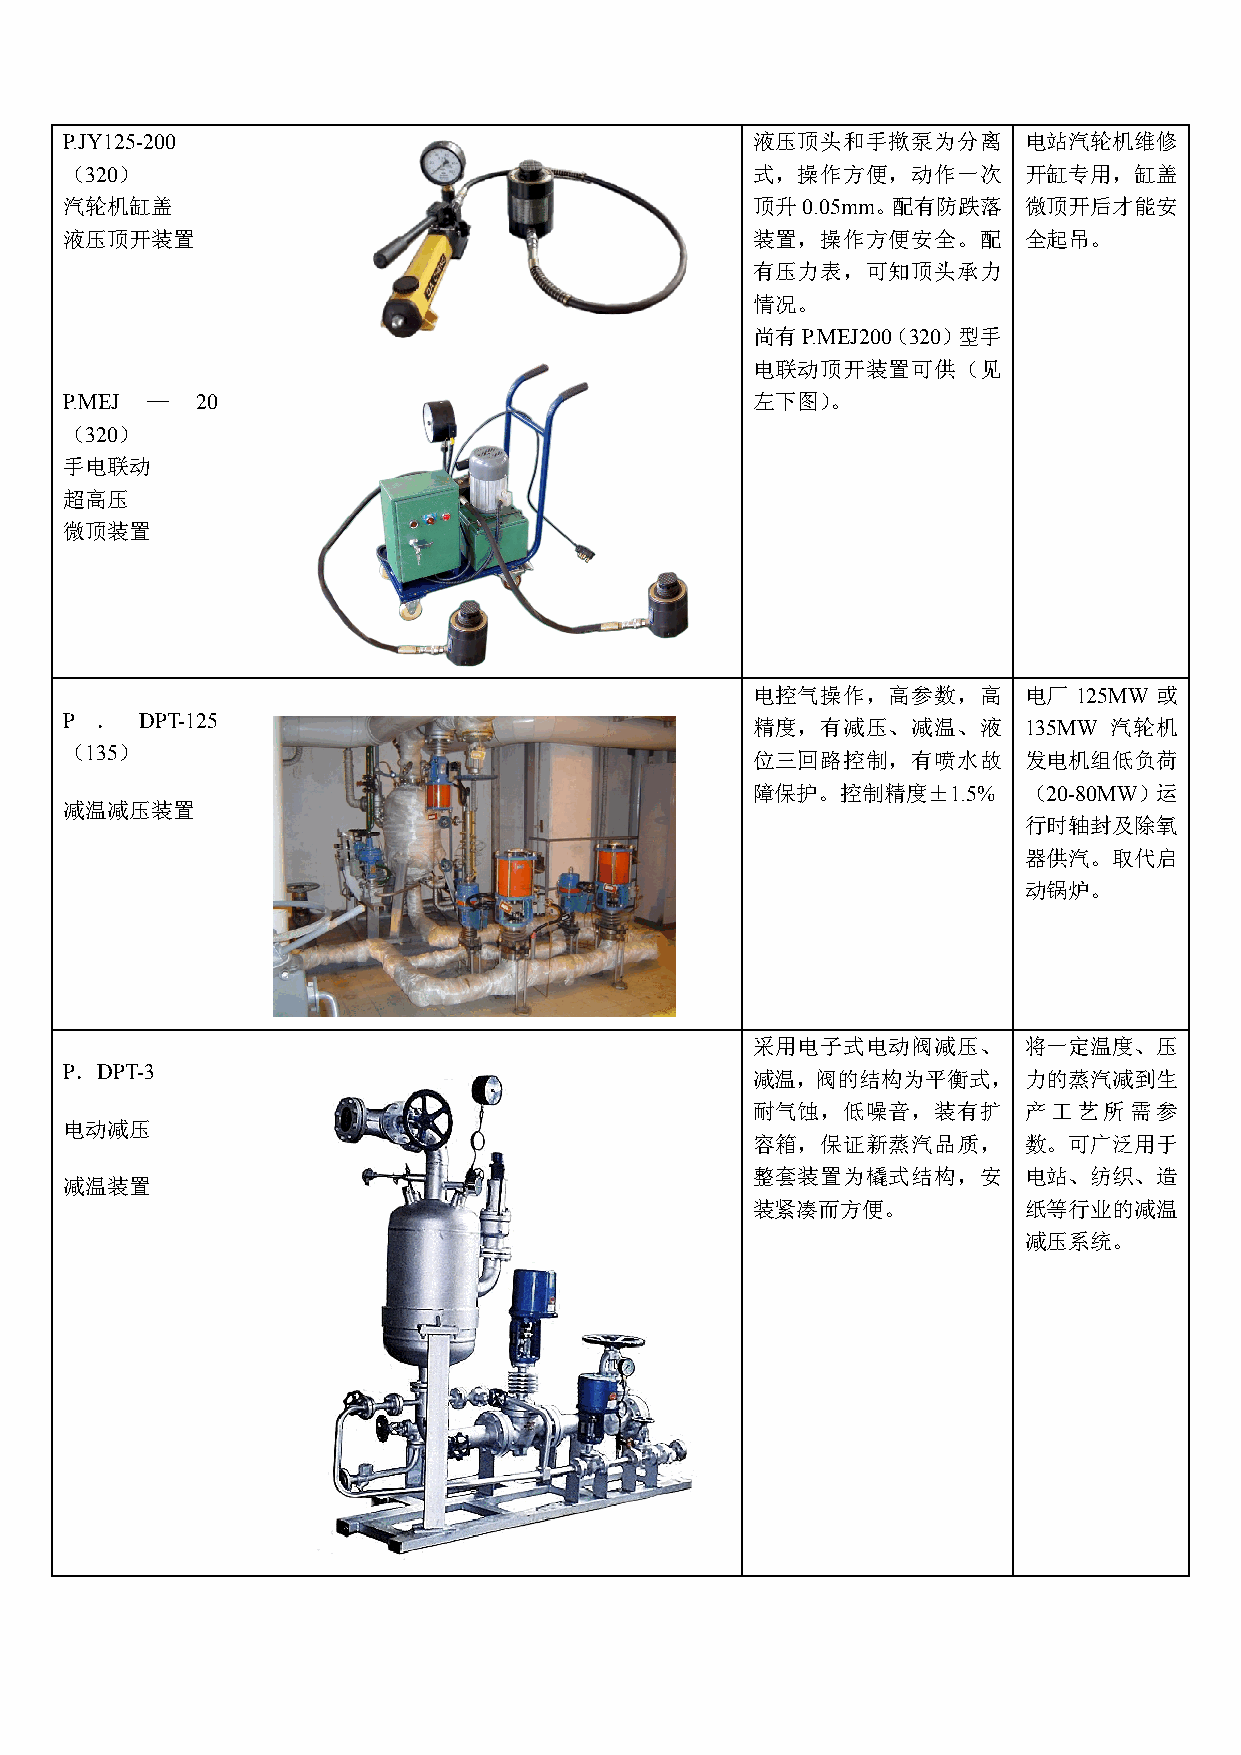
P.JY125-200                                   液压顶头和手揿泵为分离       电站汽轮机维修
 （320）                                         式，操作方便，动作一次       开缸专用，缸盖
 汽轮机缸盖                                         顶升0.05mm。配有防跌落    微顶开后才能安
 液压顶开装置                                        装置，操作方便安全。配       全起吊。
 有压力表，可知顶头承力
 情况。
 尚有P.MEJ200（320）型手
 电联动顶开装置可供（见
 P.MEJ —  20                                   左下图）。
 （320）
 手电联动
 超高压
 微顶装置
 电控气操作，高参数，高       电厂 125MW 或
 P ．  DPT-125                                  精度，有减压、减温、液       135MW 汽轮机
 （135）
 位三回路控制，有喷水故       发电机组低负荷
 障保护。控制精度±1.5%     （20-80MW）运
 减温减压装置
 行时轴封及除氧
 器供汽。取代启
 动锅炉。
 采用电子式电动阀减压、       将一定温度、压
 P．DPT-3
 减温，阀的结构为平衡式，      力的蒸汽减到生
 耐气蚀，低噪音，装有扩       产工艺所需参
 电动减压
 容箱，保证新蒸汽品质，       数。可广泛用于
 整套装置为橇式结构，安       电站、纺织、造
 减温装置
 装紧凑而方便。           纸等行业的减温
 减压系统。